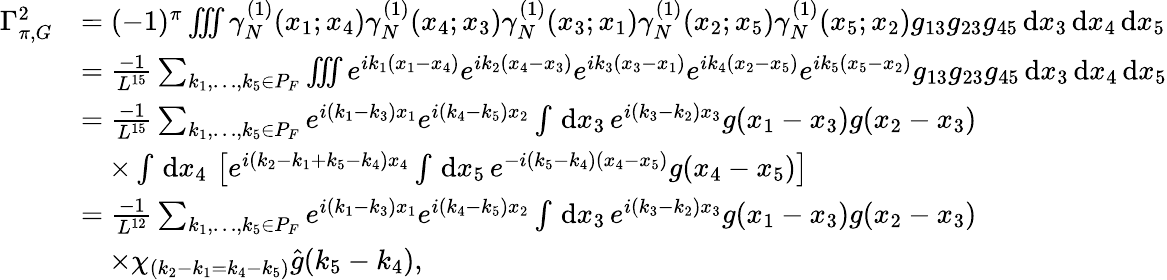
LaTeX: \begin{array}{rl}{\Gamma_{\pi,G}^{2}}&{=(-1)^{\pi}\iiint\gamma_{N}^{(1)}(x_{1};x_{4})\gamma_{N}^{(1)}(x_{4};x_{3})\gamma_{N}^{(1)}(x_{3};x_{1})\gamma_{N}^{(1)}(x_{2};x_{5})\gamma_{N}^{(1)}(x_{5};x_{2})g_{13}g_{23}g_{45}\, \textnormal{d}x_{3}\, \textnormal{d}x_{4}\, \textnormal{d}x_{5}}\\ &{=\frac{-1}{L^{15}}\sum_{k_{1},\ldots,k_{5}\in P_{F}}\iiint e^{ik_{1}(x_{1}-x_{4})}e^{ik_{2}(x_{4}-x_{3})}e^{ik_{3}(x_{3}-x_{1})}e^{ik_{4}(x_{2}-x_{5})}e^{ik_{5}(x_{5}-x_{2})}g_{13}g_{23}g_{45}\, \textnormal{d}x_{3}\, \textnormal{d}x_{4}\, \textnormal{d}x_{5}}\\ &{=\frac{-1}{L^{15}}\sum_{k_{1},\ldots,k_{5}\in P_{F}}e^{i(k_{1}-k_{3})x_{1}}e^{i(k_{4}-k_{5})x_{2}}\int\, \textnormal{d}x_{3}\, e^{i(k_{3}-k_{2})x_{3}}g(x_{1}-x_{3})g(x_{2}-x_{3})}\\ &{\quad\times\int\, \textnormal{d}x_{4}\, \left[e^{i(k_{2}-k_{1}+k_{5}-k_{4})x_{4}}\int\, \textnormal{d}x_{5}\, e^{-i(k_{5}-k_{4})(x_{4}-x_{5})}g(x_{4}-x_{5})\right]}\\ &{=\frac{-1}{L^{12}}\sum_{k_{1},\ldots,k_{5}\in P_{F}}e^{i(k_{1}-k_{3})x_{1}}e^{i(k_{4}-k_{5})x_{2}}\int\, \textnormal{d}x_{3}\, e^{i(k_{3}-k_{2})x_{3}}g(x_{1}-x_{3})g(x_{2}-x_{3})}\\ &{\quad\times\chi_{(k_{2}-k_{1}=k_{4}-k_{5})}\hat{g}(k_{5}-k_{4}),}\end{array}